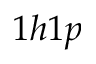
1 h 1 p